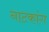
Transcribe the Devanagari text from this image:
नाटकांग